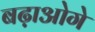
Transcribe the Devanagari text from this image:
बढ़ाओगे